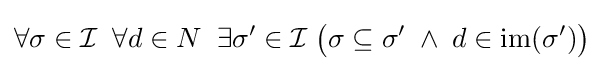
\forall \sigma \in {\mathcal {I}}\;\;\forall d\in N\;\;\exists \sigma '\in {\mathcal {I}}\;{\bigl (}\sigma \subseteq \sigma '\;\land \;d\in \mathrm {im} (\sigma '){\bigr )}